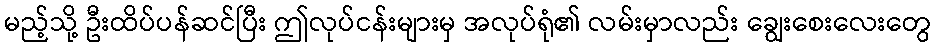
မည့်သို့ ဦးထိပ်ပန်ဆင်ပြီး ဤလုပ်ငန်းများမှ အလုပ်ရုံ၏ လမ်းမှာလည်း ချွေးစေးလေးတွေ